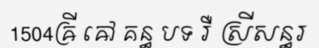
1504ឝ្រី ឝៅ គន្ធ បទ រឺ ស្រីសន្ធរ